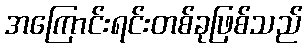
အကြောင်းရင်းတစ်ခုဖြစ်သည်